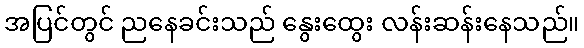
အပြင်တွင် ညနေခင်းသည် နွေးထွေး လန်းဆန်းနေသည်။